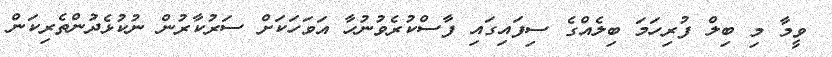
ވީމާ މި ބިލް ފުރިހަމަ ބިލެއްގެ ސިފައިގައި ފާސްކުރެވުނުހާ އަވަހަކަށް ސަރުކާރުން ނުކުޅެދުންތެރިކަން